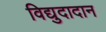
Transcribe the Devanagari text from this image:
विद्युदादान